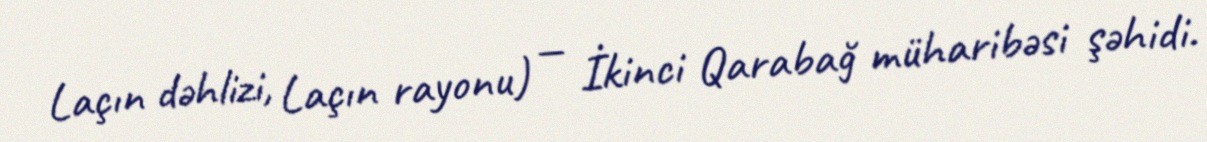
Laçın dəhlizi, Laçın rayonu) — İkinci Qarabağ müharibəsi şəhidi.